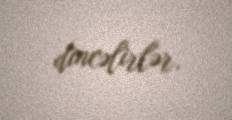
dincəlirlər.